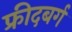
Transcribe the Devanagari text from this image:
फ्रीदबर्ग